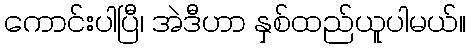
ကောင်းပါပြီ၊ အဲဒီဟာ နှစ်ထည်ယူပါမယ်။